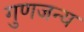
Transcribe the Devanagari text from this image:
गुणजन्य